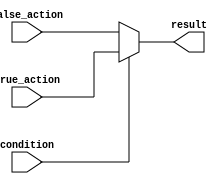
module ternary_operator_if_else (
    input wire condition,
    input wire true_action,
    input wire false_action,
    output reg result
);

always @* begin
    result = condition ? true_action : false_action;
end

endmodule